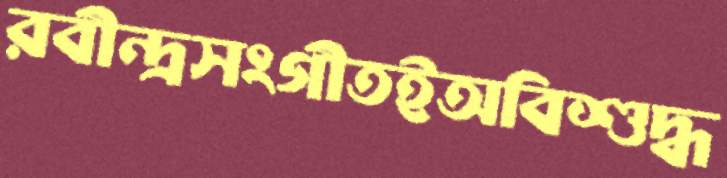
রবীন্দ্রসংগীতইঅবিশুদ্ধ